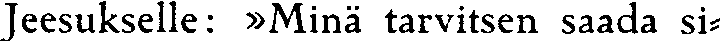
Jeesukselle: »Minä tarvitsen saada si-